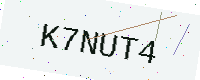
Text: K7NUT4